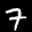
Label: 7